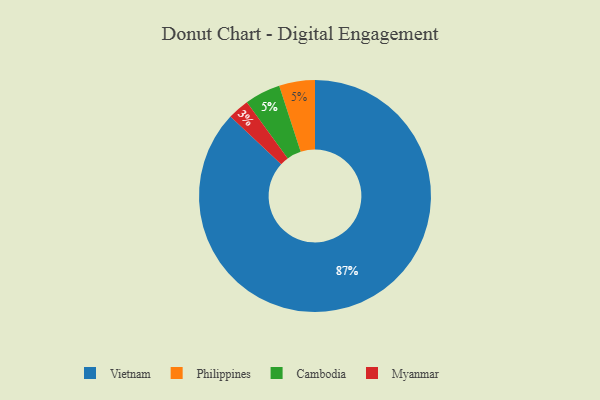
{"axis": {"x": "Category", "y": "Percentage"}, "legend": ["Cambodia", "Myanmar", "Philippines", "Vietnam"], "data": [{"x": "Philippines", "y": 5, "type": "Philippines"}, {"x": "Vietnam", "y": 87, "type": "Vietnam"}, {"x": "Myanmar", "y": 3, "type": "Myanmar"}, {"x": "Cambodia", "y": 5, "type": "Cambodia"}]}